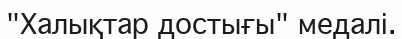
"Халықтар достығы" медалі.